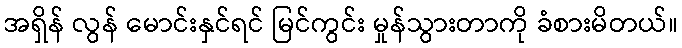
အရှိန် လွန် မောင်းနှင်ရင် မြင်ကွင်း မှုန်သွားတာကို ခံစားမိတယ်။